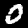
Label: 0